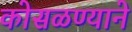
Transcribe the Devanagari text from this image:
कोसळण्याने